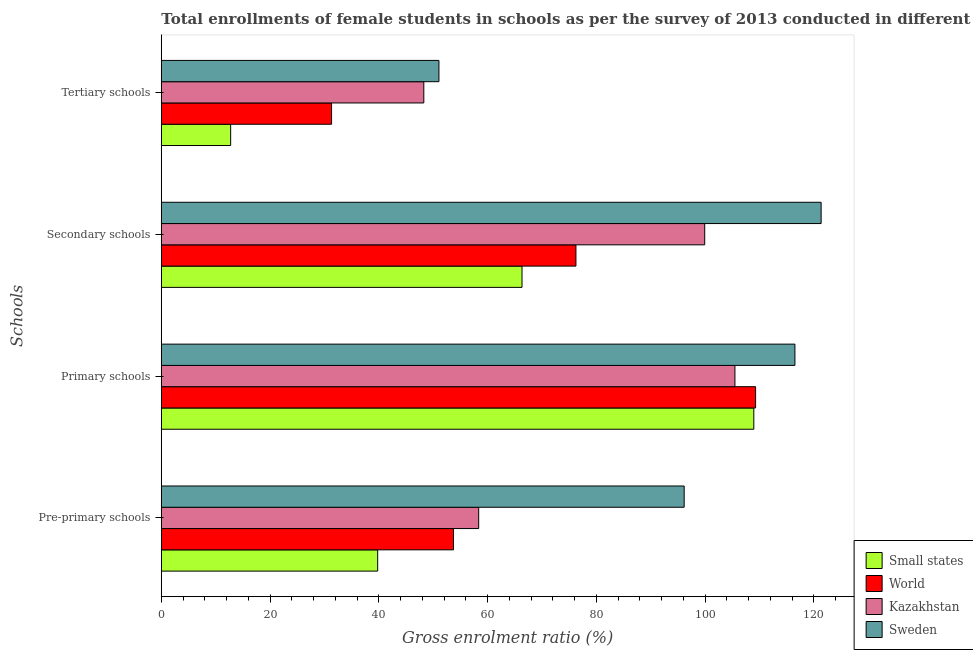
| Schools | Small states | World | Kazakhstan | Sweden |
 | --- | --- | --- | --- | --- |
 | Pre-primary schools | 39.8 | 53.7 | 58.4 | 96.2 |
 | Primary schools | 109 | 109 | 106 | 117 |
 | Secondary schools | 66.3 | 76.3 | 99.9 | 121 |
 | Tertiary schools | 12.8 | 31.3 | 48.3 | 51.1 |